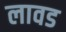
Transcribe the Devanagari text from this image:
लावड